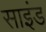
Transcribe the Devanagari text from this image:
साइंड